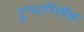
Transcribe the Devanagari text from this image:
दुग्‍धाभिषेक